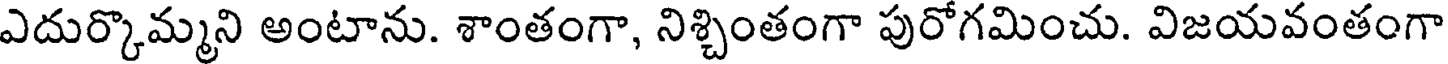
ఎదుర్కొమ్మని అంటాను. శాంతంగా, నిశ్చింతంగా పురోగమించు. విజయవంతంగా